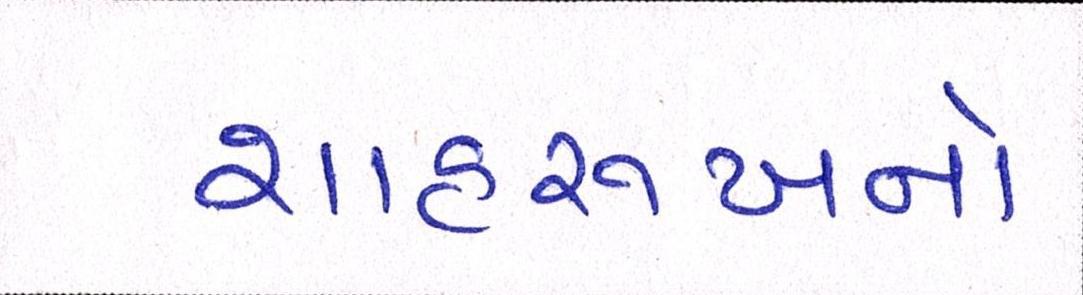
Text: શાહરુખનો